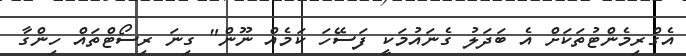
އެގްރިމެންޓުތަކަށް އެ ބަދަލު ގެނައުމަކީ ފަސޭހަ ކަމެއް ނޫން" ގިނަ ރިސޯޓްތައް ހިންގާ